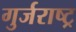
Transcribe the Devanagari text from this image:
गुर्जराष्ट्र